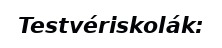
Testvériskolák: